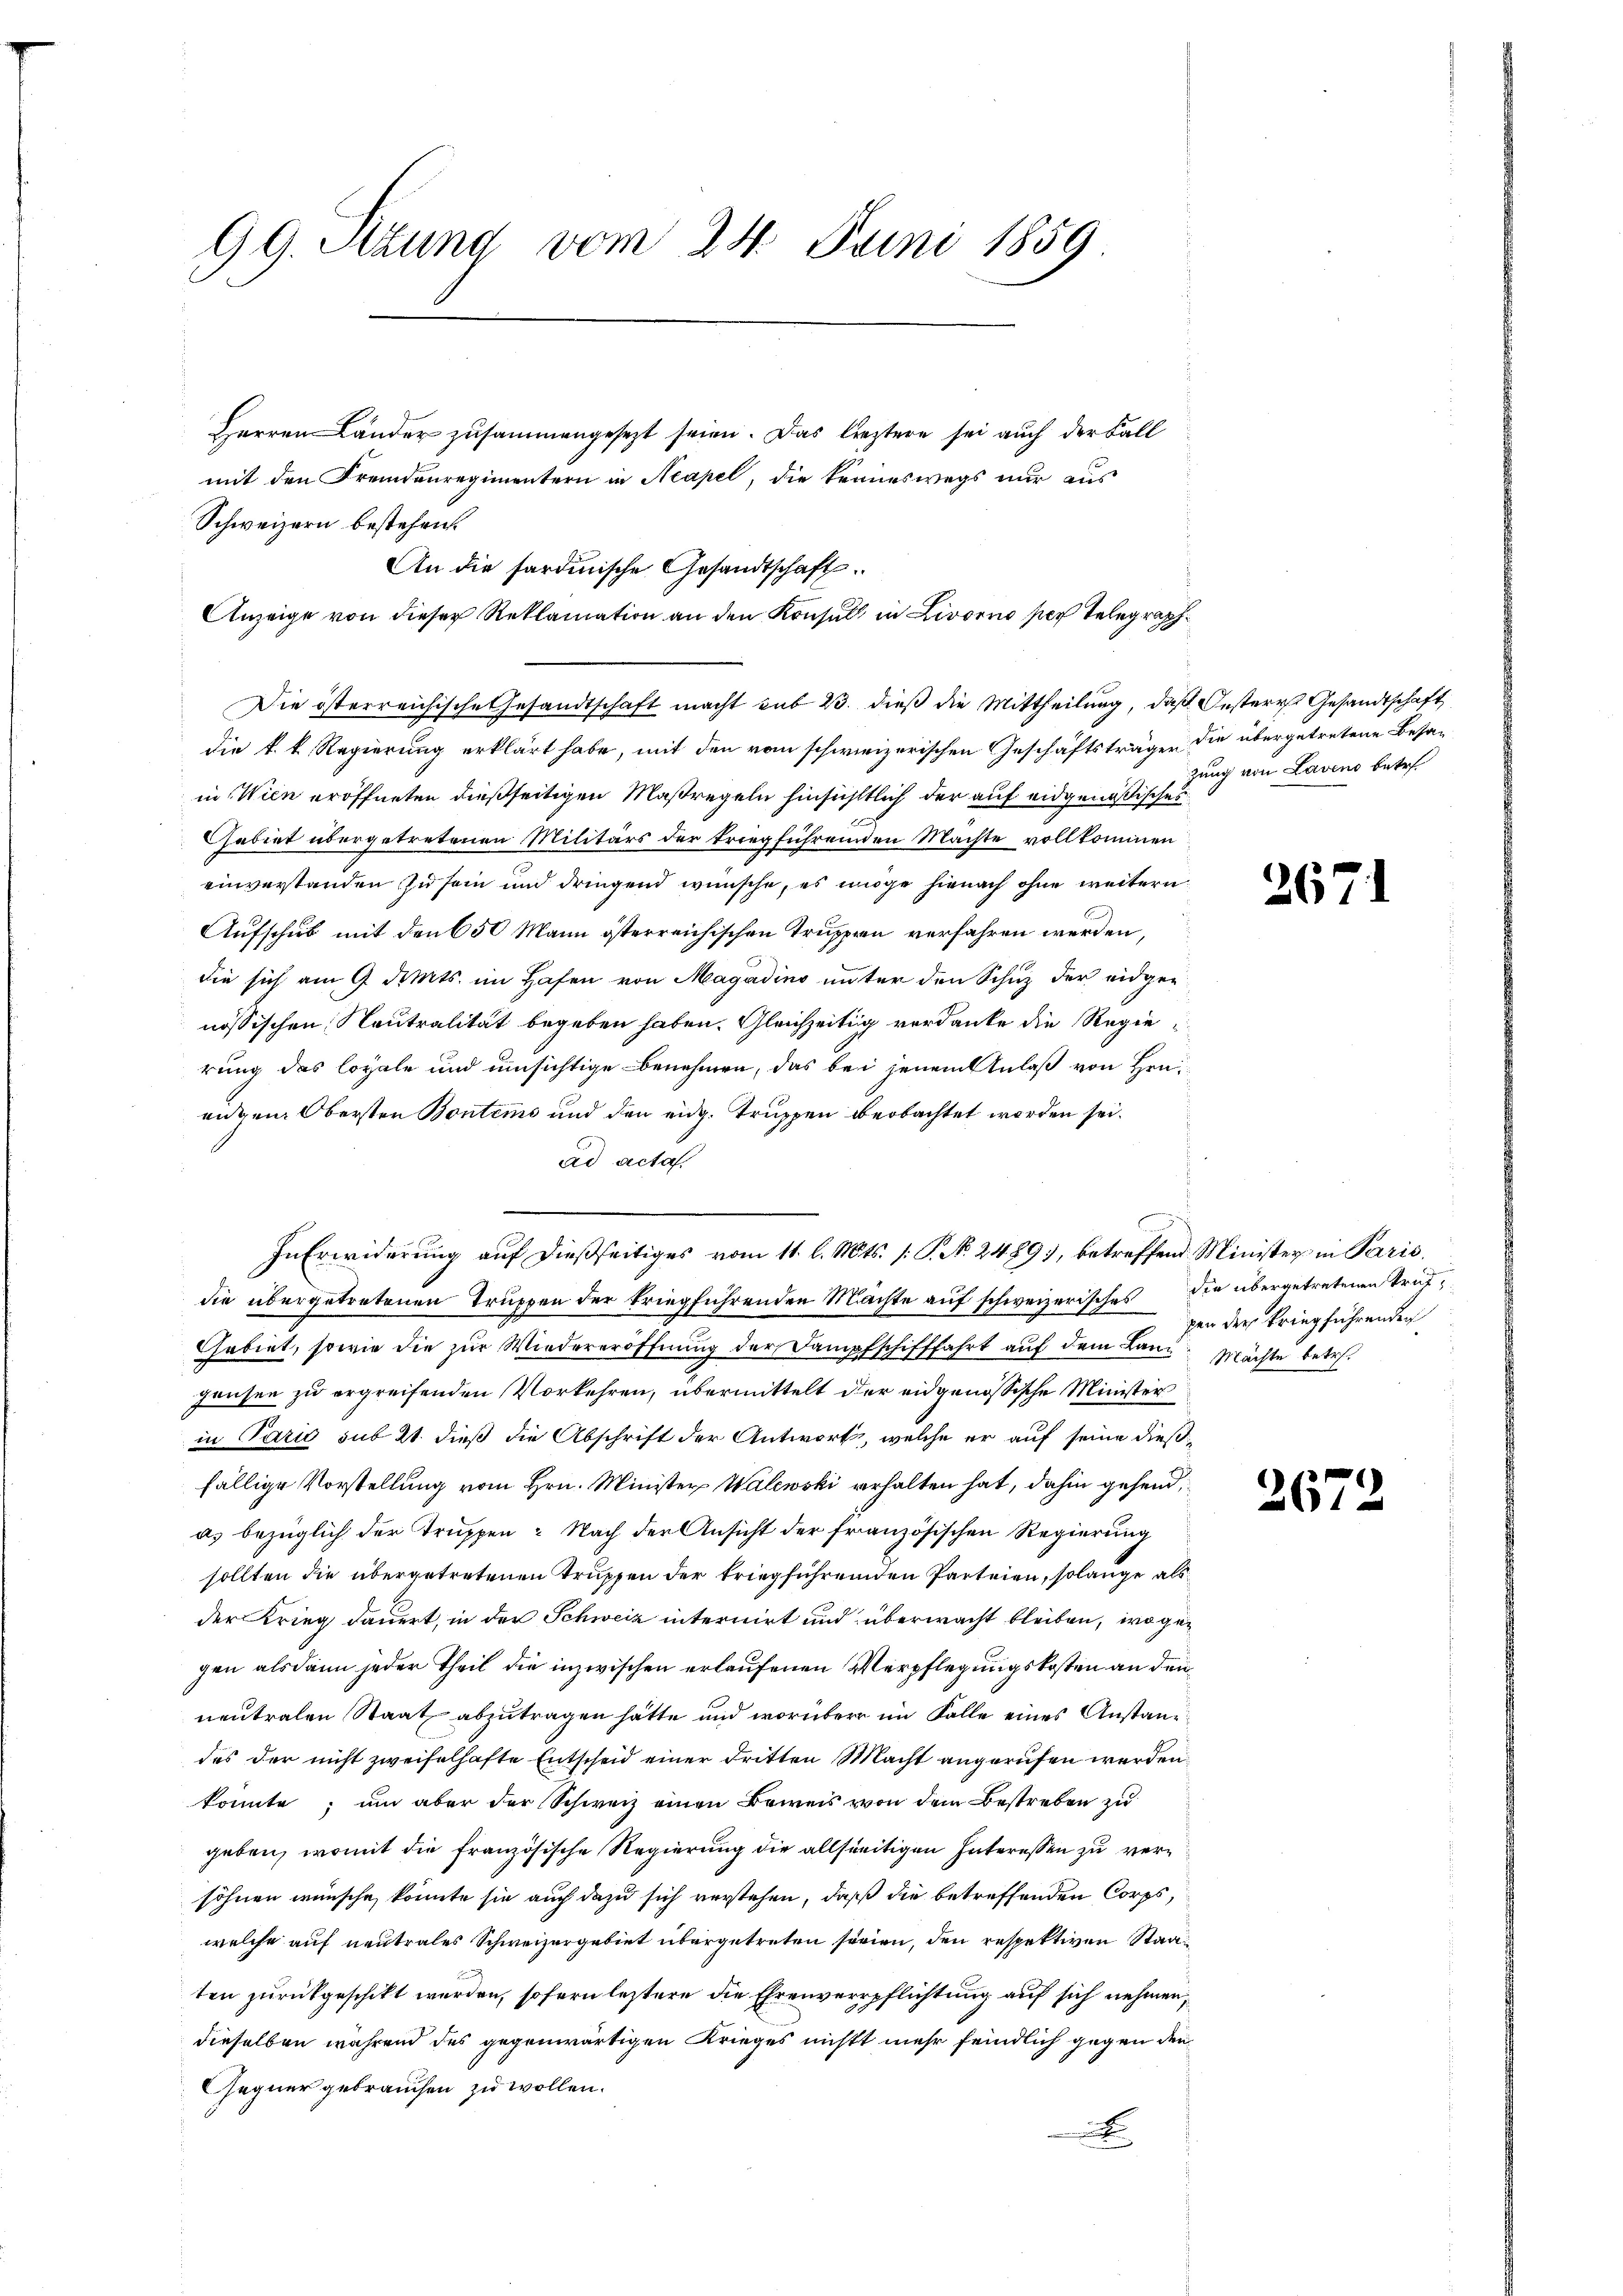
99. Sitzung vom 24. Juni 1859

Herren Länder zusammengesezt seien. Das leztere sei auch der Fall
mit den Fremdenregimentern in Neapel, die keineswegs nur aus
Schweizern bestehen.
An die sardinische Gesandtschaft.

Anzeige von dieser Reklamation an den Konsul in Livorno soch Telegraph

Die österreichische Gesandtschaft macht sub 23. dieß die Mittheilung, daß Oesterr Gesandtschaft
die k. k. Regierung erklärt habe, mit den vom schweizerischen Geschäftsträger die übergetretene Besanin Wien eröffneten dießseitigen Maßregeln hinsichttlich der auf eidgenößisches
Gabiet übergetretenen Militärs der triegführenden Machte vollkommen
einverstanden zu sein und dringend wünsche, es möge hienach ohne weitern
Aufschub mit den 650 Mann österreichischen Truppen verfahren werden,
die sich am 9. Mts. im Hafen von Magadino unter den Schuz der eidgenössischen Neutralität begeben haben. Gleichzeitig verdanke die Regierung des loyale und umsichtige Benehmen, das bei jenem Anlaß von Hrn.
eidem Obersten Bontems und den eidg. Truppen beobachtet worden sei.
ad acta.
In Erwiderung auf dießseitiges vom 11. l. Mts. /: P. No. 2489), betreffend Minister in Paris.
die übergetretenen Truppen der kriegführenden Machte auf schweizerisches die übergetretenen Trüt¬
Gebiet, sowie die zŭr Wiedereröffnung der Dampfschifffahrt auf dem Land Machte betr.
grusen zu ergreifenden Vorkehren, übermittelt der eidgenössische Minister
in Paris sub 21. dieß die Abschrift der Antwort, welche er auf seine dießfällige Vorstellung vom Hrn. Minister Walewski erhalten hat, dahin gehend,
a. bezüglich der Truppen: Nach der Ansicht der französischen Regierung
sollten die übergetretenen Truppen der triegführenden Parteien, solange als
der Krieg dauert, in der Schweiz internirt und überwacht bleiben, wo gegen alsdann jeder Theil die inzwischen erlaufenen Verpflegungskosten an den
neutralen Staat abzutragen hätte und worüber im Falle eines Anstanz
des der nicht zweifelhafte Entscheid einer dritten Macht angerufen werden,
konnte; um aber der Schweiz einen Beweis von dem Bestreben zu
geben, womit die französische Regierung die allseitigen Interessen zu versöhnen wünsche, könnte sie auch dazu sich verstehen, daß die betreffenden Corps,
welche auf neutrales Schweizergebiet übergetreten sovien, den respektiven Staaten zurückgeschikt werden, sofern leztere die Ehrenverpflichtung auf sich nehmen,
dieselben während des gegenwärtigen Krieges nicht mehr feindlich gegen den
Gegner gebrauchen zu wollen.

zung von Laveno betr.

26

pen der kriegführenden

267